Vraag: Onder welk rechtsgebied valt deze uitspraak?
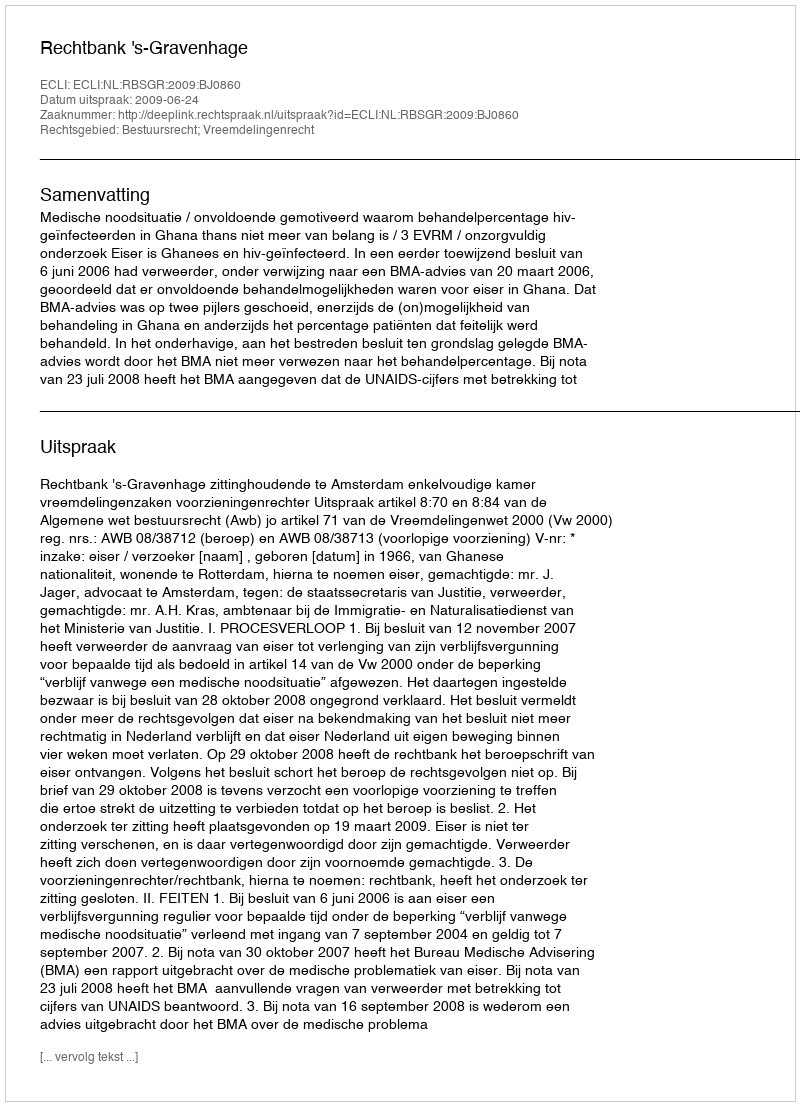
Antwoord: Bestuursrecht; Vreemdelingenrecht